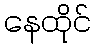
နေထိုင်